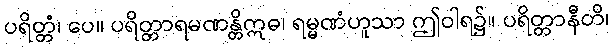
ပရိတ္တံ၊ ပေ။ ပရိတ္တာရမဏန္တိဣဓ၊ ရမ္မဏံဟူသာ ဤဝါရ၌။ ပရိတ္တာနီတိ၊